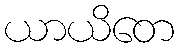
ယာယိတေ